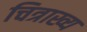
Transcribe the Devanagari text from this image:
चित्राख्य